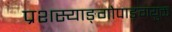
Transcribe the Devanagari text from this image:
प्रशस्याङ्‌गोपाङ्‌गयुक्त